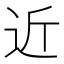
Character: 近